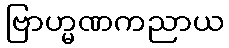
ဗြာဟ္မဏကညာယ